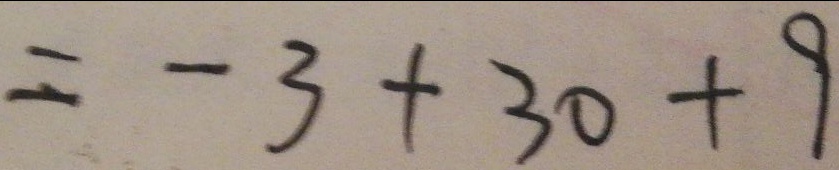
= - 3 + 3 0 + 9